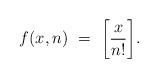
LaTeX: \begin{align*}f(x,n) \ = \ \bigg[ \frac{x}{n!}\bigg].\end{align*}